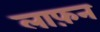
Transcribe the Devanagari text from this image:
लाफ़न